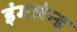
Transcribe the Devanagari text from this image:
इंगलेन्ड